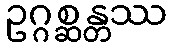
ဥဂ္ဂစ္ဆန္တဿ